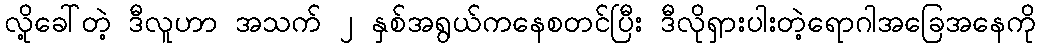
လို့ခေါ်တဲ့ ဒီလူဟာ အသက် ၂ နှစ်အရွယ်ကနေစတင်ပြီး ဒီလိုရှားပါးတဲ့ရောဂါအခြေအနေကို